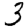
Digit: 3